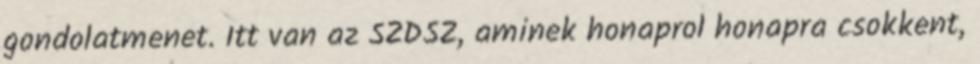
gondolatmenet. Itt van az SZDSZ, aminek honaprol honapra csokkent,